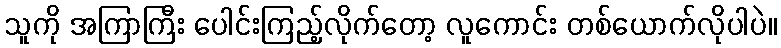
သူကို အကြာကြီး ပေါင်းကြည့်လိုက်တော့ လူကောင်း တစ်ယောက်လိုပါပဲ။